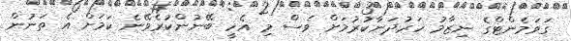
ގަވަމެންޓްގެ ނިޒާމު ހަރުދަނާކުރުމަށް ވެސް މި އެހީ ބޭނުންކުރެވޭނެ ކަމަށް އެ ތަނުން